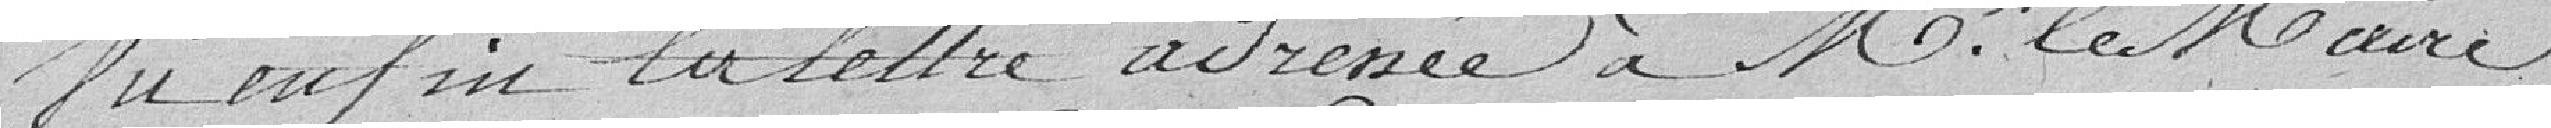
Vu enfin la lettre adressée à Mr le Maire